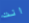
انت